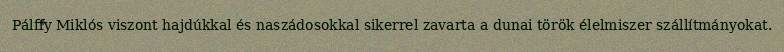
Pálffy Miklós viszont hajdúkkal és naszádosokkal sikerrel zavarta a dunai török élelmiszer szállítmányokat.